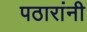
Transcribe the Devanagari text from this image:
पठारांनी